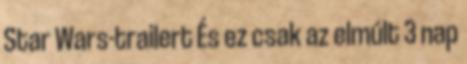
Star Wars-trailert És ez csak az elmúlt 3 nap